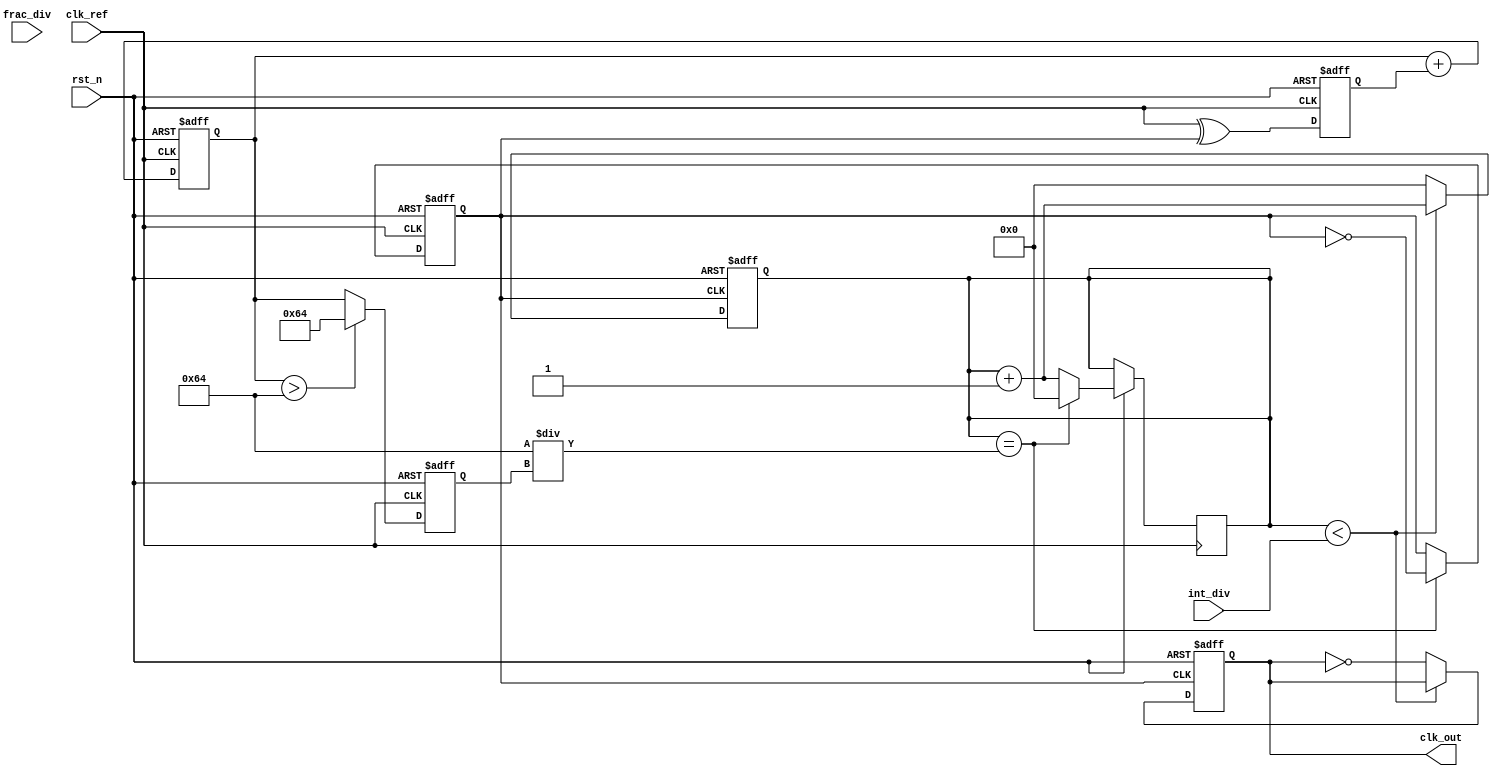
module fractional_n_pll (
    input wire clk_ref,             // Reference clock input
    input wire rst_n,               // Asynchronous reset, active low
    input wire [N-1:0] frac_div,    // Fractional division ratio
    input wire [M-1:0] int_div,      // Integer division ratio
    output reg clk_out               // Output clock
);

parameter N = 8; // Width of fractional divider
parameter M = 8; // Width of integer divider
parameter VCO_MAX_FREQ = 100; // Max VCO frequency

// Internal signals
reg [N+M-1:0] div_count;  // Division count
reg [31:0] vco_freq;       // VCO frequency
reg [31:0] control_voltage; // VCO control voltage
reg clk_vco;               // VCO clock signal
reg phase_error;           // Phase error signal

// Phase Detector
always @(posedge clk_ref or negedge rst_n) begin
    if (!rst_n) begin
        phase_error <= 0;
    end else begin
        // Simple phase detector logic (XOR for demonstration)
        phase_error <= clk_ref ^ clk_vco;
    end
end

// Loop Filter (simple proportional filter)
always @(posedge clk_ref or negedge rst_n) begin
    if (!rst_n) begin
        control_voltage <= 0;
    end else begin
        control_voltage <= control_voltage + phase_error; // Proportional control
    end
end

// VCO (simple frequency generator)
always @(posedge clk_ref or negedge rst_n) begin
    if (!rst_n) begin
        vco_freq <= 0;
        clk_vco <= 0;
    end else begin
        // Control VCO frequency based on control voltage
        if (control_voltage > VCO_MAX_FREQ) begin
            vco_freq <= VCO_MAX_FREQ; // Limit VCO frequency
        end else begin
            vco_freq <= control_voltage; // Set VCO frequency
        end
        
        // Generate VCO clock signal based on frequency
        // This is a simple toggle based on frequency for demonstration
        if (div_count == (VCO_MAX_FREQ / vco_freq)) begin
            clk_vco <= ~clk_vco; // Toggle VCO clock
            div_count <= 0;
        end else begin
            div_count <= div_count + 1;
        end
    end
end

// Frequency Divider (Fractional and Integer)
always @(posedge clk_vco or negedge rst_n) begin
    if (!rst_n) begin
        clk_out <= 0;
        div_count <= 0;
    end else begin
        if (div_count < int_div) begin
            div_count <= div_count + 1;
        end else begin
            clk_out <= ~clk_out; // Toggle output clock
            div_count <= 0;
        end
    end
end

endmodule